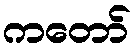
ကတော်